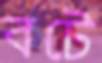
বটে